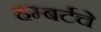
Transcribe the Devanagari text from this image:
हम्बर्टचे